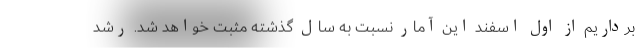
برداریم از اول اسفند این آمار نسبت به سال گذشته مثبت خواهد شد. رشد